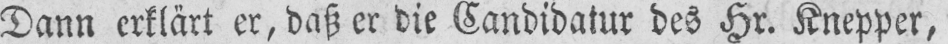
Dann erklärt er, daß er die Candidatur des Hr. Knepper,